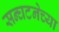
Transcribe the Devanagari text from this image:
सन्घटनेच्या